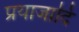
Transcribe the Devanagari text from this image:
प्रयाजादि